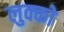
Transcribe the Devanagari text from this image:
लुक्को